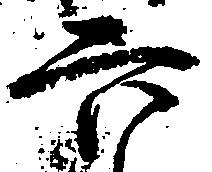
六